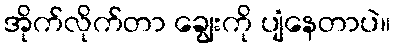
အိုက်လိုက်တာ ချွေးကို ပျံနေတာပဲ။